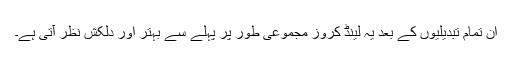
ان تمام تبدیلیوں کے بعد یہ لینڈ کروز مجموعی طور پر پہلے سے بہتر اور دلکش نظر آتی ہے۔